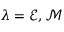
\lambda = \mathcal { E } , \mathcal { M }